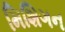
મિશિગન